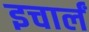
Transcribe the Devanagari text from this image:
इचार्लं